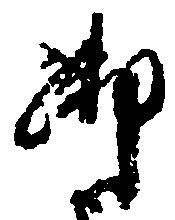
御